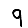
Digit: 9